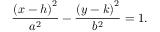
{ \frac { \left( x - h \right) ^ { 2 } } { a ^ { 2 } } } - { \frac { \left( y - k \right) ^ { 2 } } { b ^ { 2 } } } = 1 .